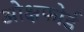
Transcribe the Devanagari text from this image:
ओक्षफोर्ड